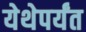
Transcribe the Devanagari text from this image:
येथेपर्यंत